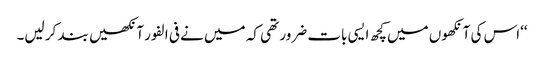
‘‘اس کی آنکھوں میں کچھ ایسی بات ضرور تھی کہ میں نے فی الفور آنکھیں بند کر لیں۔